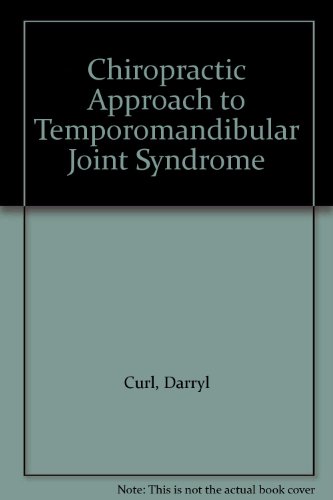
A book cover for Chiropractic Approach to Temporomandibular Joint Syndrome; Darryl Curl; Medical Books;